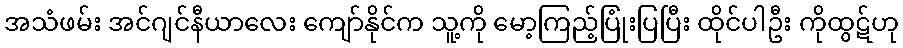
အသံဖမ်း အင်ဂျင်နီယာလေး ကျော်နိုင်က သူ့ကို မော့ကြည့်ပြုံးပြပြီး ထိုင်ပါဦး ကိုထွဋ်ဟု